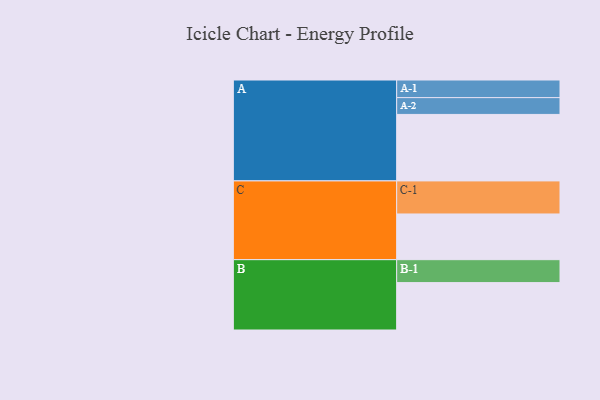
{"axis": {"x": "Segment", "y": "Value"}, "legend": ["", "A", "B", "C"], "data": [{"x": "A", "y": 585, "type": ""}, {"x": "B", "y": 417, "type": ""}, {"x": "C", "y": 402, "type": ""}, {"x": "A-1", "y": 155, "type": "A"}, {"x": "A-2", "y": 148, "type": "A"}, {"x": "B-1", "y": 202, "type": "B"}, {"x": "C-1", "y": 291, "type": "C"}]}